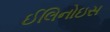
ઈલિનોઇસ